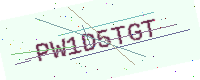
Text: PW1D5TGT